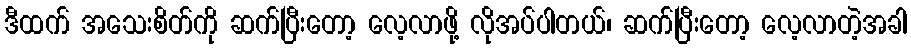
ဒီထက် အသေးစိတ်ကို ဆက်ပြီးတော့ လေ့လာဖို့ လိုအပ်ပါတယ်၊ ဆက်ပြီးတော့ လေ့လာတဲ့အခါ